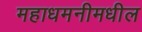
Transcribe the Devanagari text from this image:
महाधमनीमधील